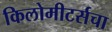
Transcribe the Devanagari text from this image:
किलोमीटर्सचा